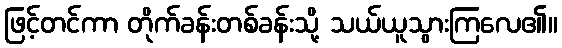
ဖြင့်တင်ကာ တိုက်ခန်းတစ်ခန်းသို့ သယ်ယူသွားကြလေ၏။